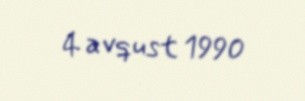
4 avqust 1990